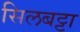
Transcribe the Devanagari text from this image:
सिलबट्टा